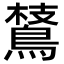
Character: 𪂅